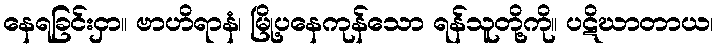
နေရခြင်းငှာ။ ဗာဟိရာနံ၊ မြို့ပနေကုန်သော ရန်သူတို့ကို။ ပဋိဃာတာယ၊